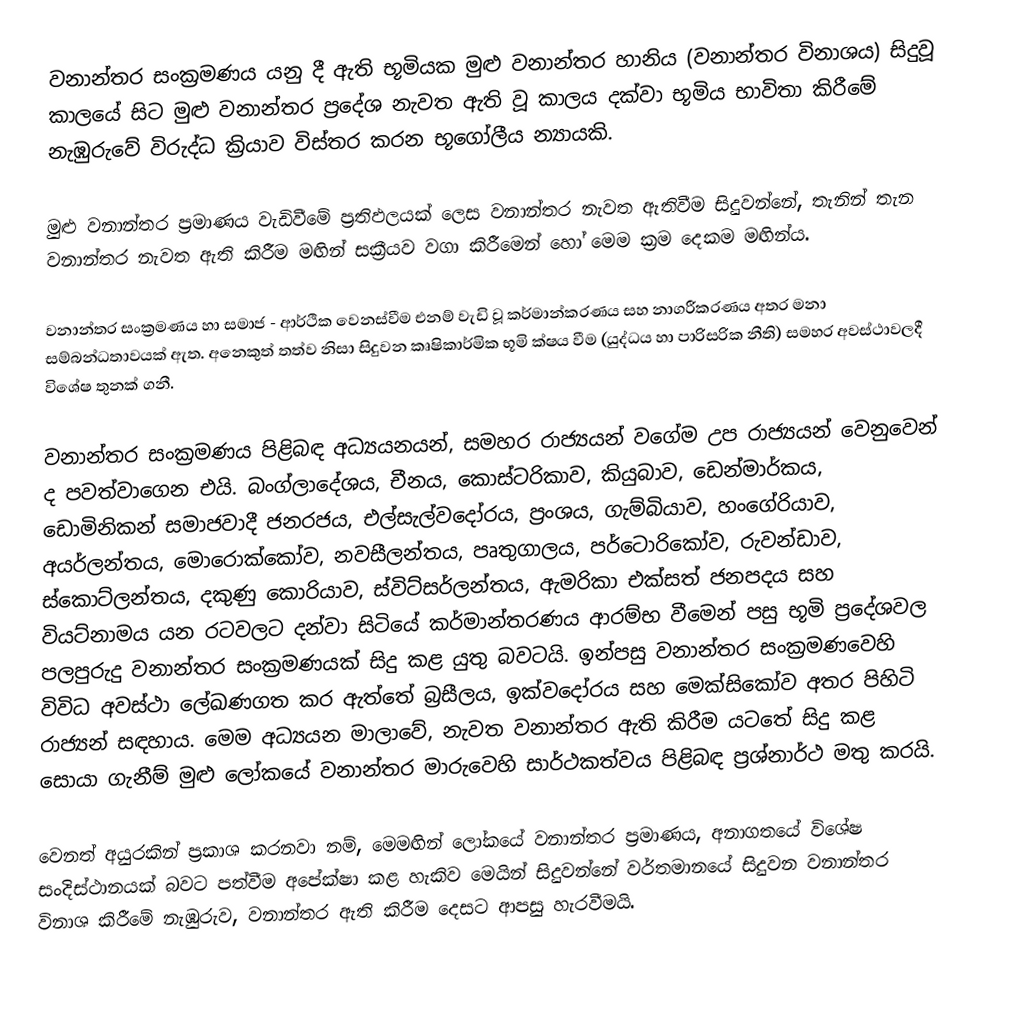
වනාන්තර සංක්‍රමණය යනු දී ඇති භූමියක මුළු වනාන්තර හානිය (වනාන්තර විනාශය) සිදුවූ කාලයේ සිට මුළු වනාන්තර ප්‍රදේශ නැවත ඇති වූ කාලය දක්වා භූමිය භාවිතා කිරීමේ නැඹුරුවේ විරුද්ධ ක්‍රියාව විස්තර කරන භූගෝලීය න්‍යායකි.

මුළු වනාන්තර ප්‍රමාණය වැඩිවීමේ ප්‍රතිඵලයක් ලෙස වනාන්තර නැවත ඇතිවීම සිදුවන්නේ, තැනින් තැන වනාන්තර නැවත ඇති කිරීම මඟින් සක්‍රීයව වගා කිරීමෙන් හෝ මෙම ක්‍රම දෙකම මඟින්ය.

වනාන්තර සංක්‍රමණය හා සමාජ - ආර්ථික වෙනස්වීම එනම් වැඩි වූ කර්මාන්කරණය සහ නාගරීකරණය අතර මනා සම්බන්ධතාවයක් ඇත. අනෙකුත් තත්ව නිසා සිදුවන කෘෂිකාර්මික භූමි ක්ෂය වීම (යුද්ධය හා පාරිසරික නීති) සමහර අවස්ථාවලදී විශේෂ තුනක් ගනී.

වනාන්තර සංක්‍රමණය පිළිබඳ අධ්‍යයනයන්, සමහර රාජ්‍යයන් වගේම උප රාජ්‍යයන් වෙනුවෙන් ද පවත්වාගෙන එයි. බංග්ලාදේශය, චීනය, කොස්ටරිකාව, කියුබාව, ඩෙන්මාර්කය, ඩොමිනිකන් සමාජවාදී ජනරජය, එල්සැල්වදෝරය, ප්‍රංශය, ගැම්බියාව, හංගේරියාව, අයර්ලන්තය, මොරොක්කෝව, නවසීලන්තය, පෘතුගාලය, පර්ටොරිකෝව, රුවන්ඩාව, ස්කොට්ලන්තය, දකුණු කොරියාව, ස්විට්සර්ලන්තය, ඇමරිකා එක්සත් ජනපදය සහ වියට්නාමය යන රටවලට දන්වා සිටියේ කර්මාන්තරණය ආරම්භ වීමෙන් පසු භූමි ප්‍රදේශවල පලපුරුදු වනාන්තර සංක්‍රමණයක් සිදු කළ යුතු බවටයි. ඉන්පසු වනාන්තර සංක්‍රමණවෙහි විවිධ අවස්ථා ලේඛණගත කර ඇත්තේ බ්‍රසීලය, ඉක්වදෝරය සහ මෙක්සිකෝව අතර පිහිටි රාජ්‍යන් සඳහාය. මෙම අධ්‍යයන මාලාවේ, නැවත වනාන්තර ඇති කිරීම ය‍ටතේ සිදු කළ සොයා ගැනී‍ම් මුළු ලෝකයේ වනාන්තර මාරුවෙහි සාර්ථකත්වය පිළිබඳ ප්‍රශ්නාර්ථ මතු කරයි.

වෙනත් අයුරකින් ප්‍රකාශ කරනවා නම්, මෙමඟින් ලෝකයේ වනාන්තර ප්‍රමාණය, අනාගතයේ විශේෂ සංදිස්ථානයක් බවට පත්වීම අපේක්ෂා කළ හැකිව මෙයින් සිදුවන්නේ වර්තමානයේ සිදුවන වනාන්තර විනාශ කිරීමේ නැඹුරුව, වනාන්තර ඇති කිරීම දෙසට ආපසු හැරවීමයි.